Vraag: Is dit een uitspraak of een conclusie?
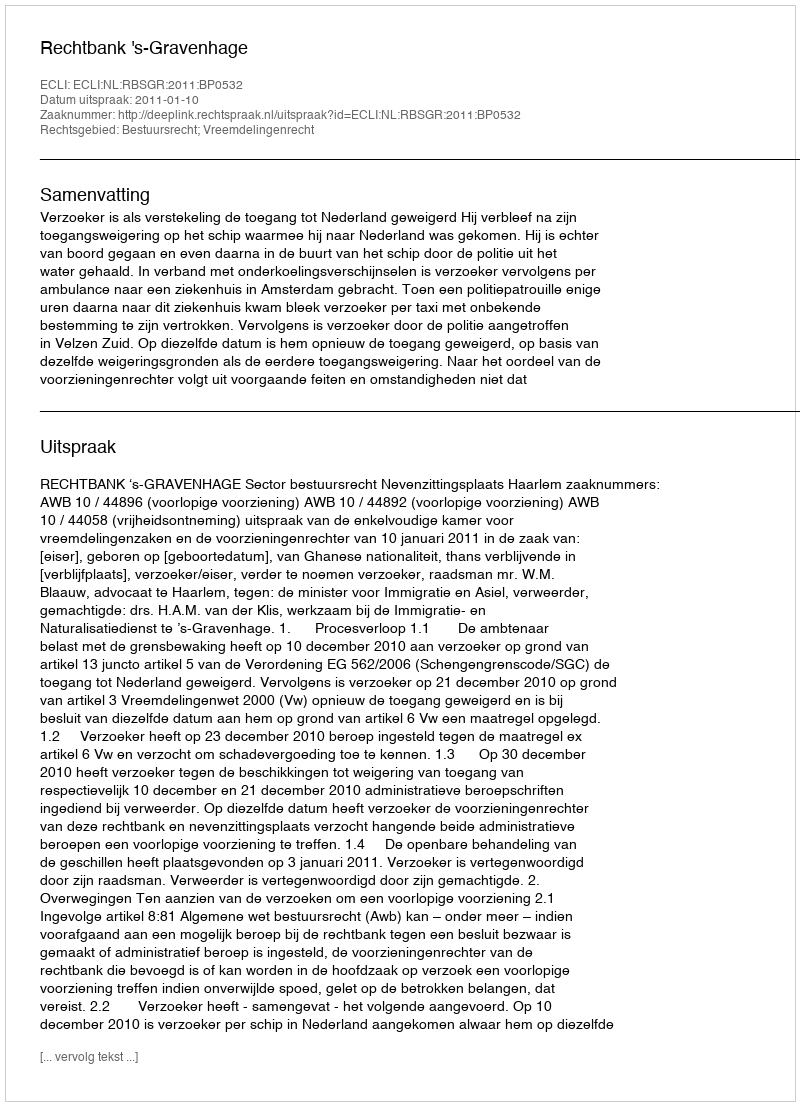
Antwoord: Uitspraak